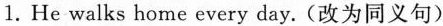
1.He walks home every day.(改为同义句)